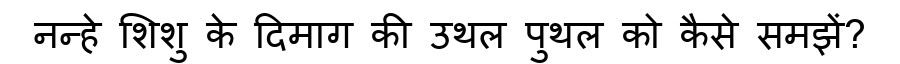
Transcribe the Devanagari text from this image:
नन्हे शिशु के दिमाग की उथल पुथल को कैसे समझें?